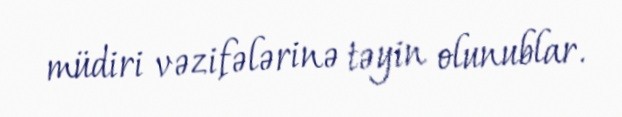
müdiri vəzifələrinə təyin olunublar.